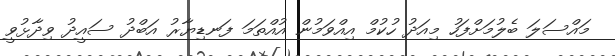
މައްސަލަ ބެލުމަށްފަހު މިއަދު ހުކުމް އިއްވަމުން އުއްތަމަ ފަނޑިޔާރު އަބްދު ސައީދު ވިދާޅުވީ